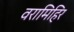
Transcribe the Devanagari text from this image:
वरामिहिर